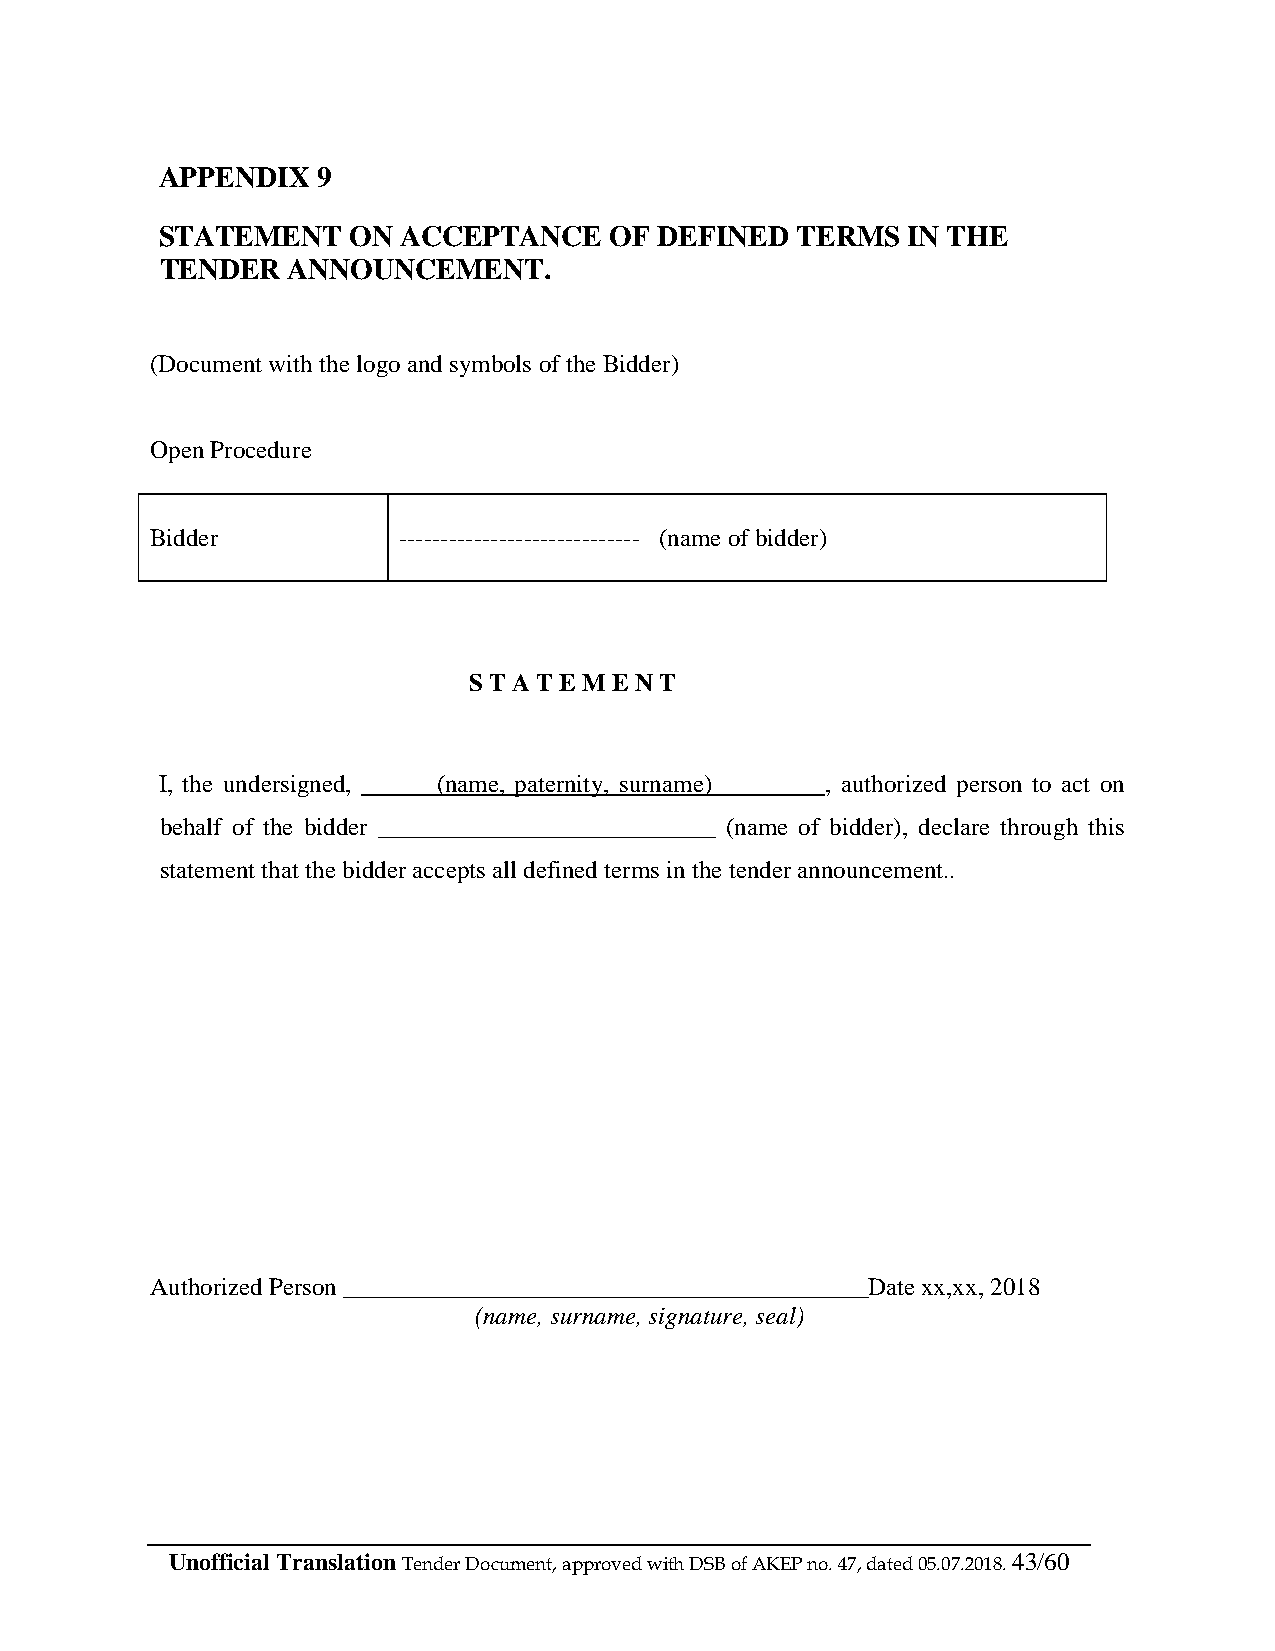
APPENDIX  9
 STATEMENT   ON  ACCEPTANCE   OF  DEFINED  TERMS  IN THE
 TENDER  ANNOUNCEMENT.
 (Document with the logo and symbols of the Bidder)
 Open Procedure
 Bidder          ----------------------------- (name of bidder)
 S T A T E M E N T
 I, the undersigned, ______(name, paternity, surname)_________, authorized person to act on
 behalf of the bidder ___________________________ (name of bidder), declare through this
 statement that the bidder accepts all defined terms in the tender announcement..
 Authorized Person __________________________________________Date xx,xx, 2018
 (name, surname, signature, seal)
 Unofficial Translation Tender Document, approved with DSB of AKEP no. 47, dated 05.07.2018. 43/60